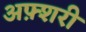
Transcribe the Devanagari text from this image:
अफ़्शरी